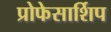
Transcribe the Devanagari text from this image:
प्रोफेसार्शिप